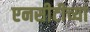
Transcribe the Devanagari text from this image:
एनसीटीच्या